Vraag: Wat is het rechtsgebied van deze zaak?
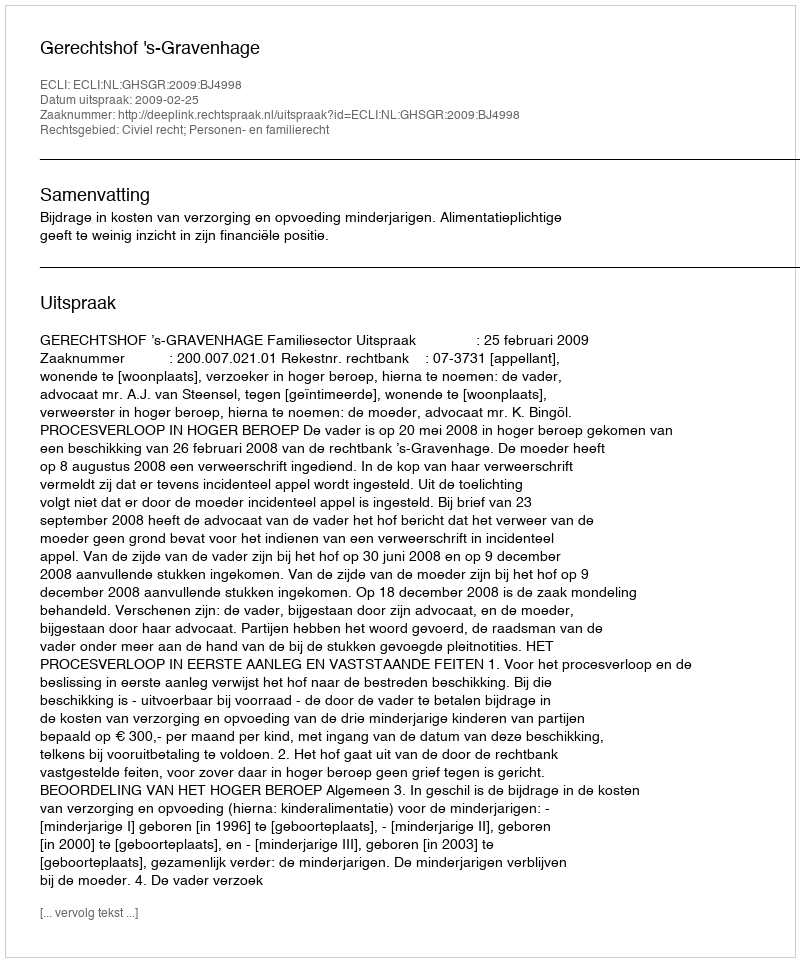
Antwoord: Civiel recht; Personen- en familierecht